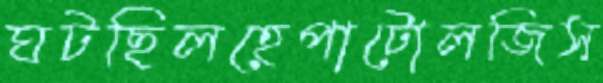
ঘটছিলহেপাটোলজিস্